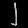
Digit: ၂